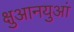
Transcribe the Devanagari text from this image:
क्षुआनयुआं